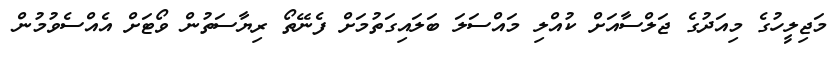
މަޖިލީހުގެ މިއަދުގެ ޖަލްސާއަށް ކުއްލި މައްސަލަ ބަލައިގަތުމަށް ފެނޭތޯ ރިޔާސަތުން ވޯޓަށް އެއްސެވުމުން